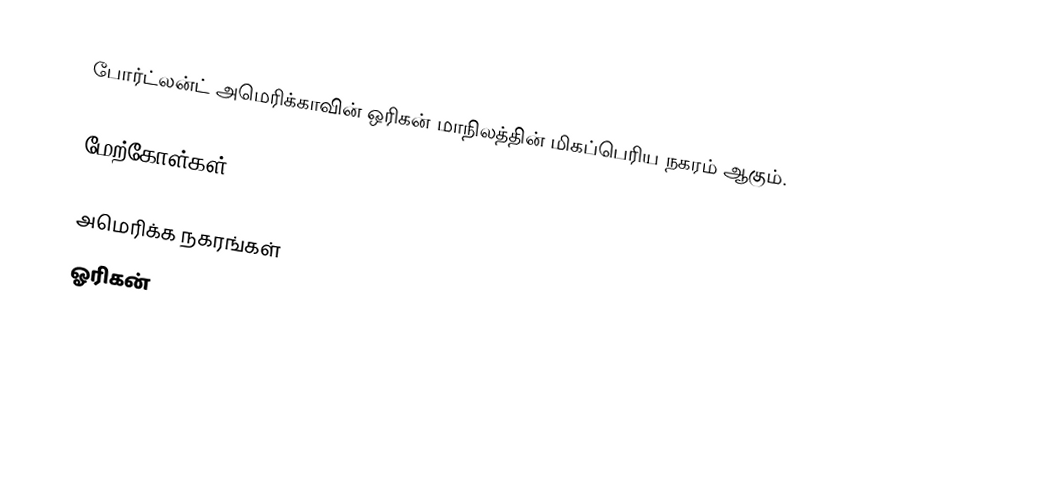
போர்ட்லன்ட் அமெரிக்காவின் ஒரிகன் மாநிலத்தின் மிகப்பெரிய நகரம் ஆகும்.

மேற்கோள்கள்

அமெரிக்க நகரங்கள்
ஓரிகன்